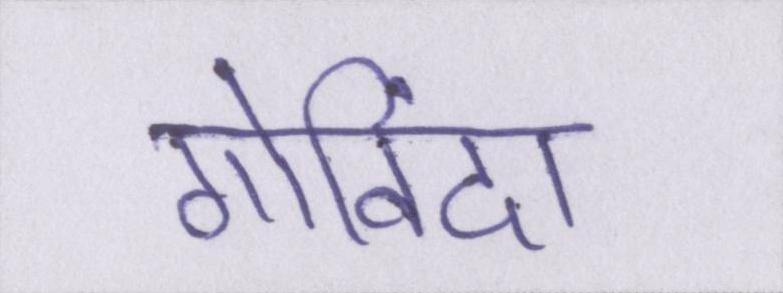
गोविंदा